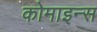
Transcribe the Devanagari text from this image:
कोमाइन्स